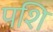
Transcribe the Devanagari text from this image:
पशि